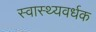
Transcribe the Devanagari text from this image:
स्‍वास्‍थ्‍यवर्धक